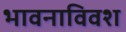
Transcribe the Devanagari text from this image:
भावनाविवश